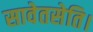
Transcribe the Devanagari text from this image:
सावेतसेति।